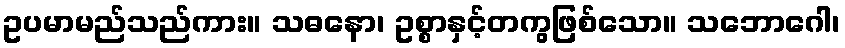
ဥပမာမည်သည်ကား။ သဓနော၊ ဥစ္စာနှင့်တကွဖြစ်သော။ သဘောဂေါ၊